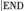
END